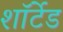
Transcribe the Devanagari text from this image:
शॉर्टेड